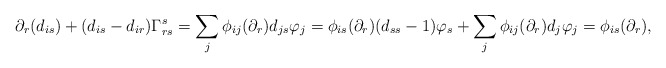
\begin{align*} \partial_r(d_{is})+(d_{is}-d_{ir})\Gamma_{rs}^s=\sum_j\phi_{ij}(\partial_r)d_{js}\varphi_j=\phi_{is}(\partial_r)(d_{ss}-1)\varphi_s+\sum_j\phi_{ij}(\partial_r)d_j\varphi_j=\phi_{is}(\partial_r), \end{align*}